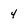
Character: 4